Juri_Uluots, lk 27
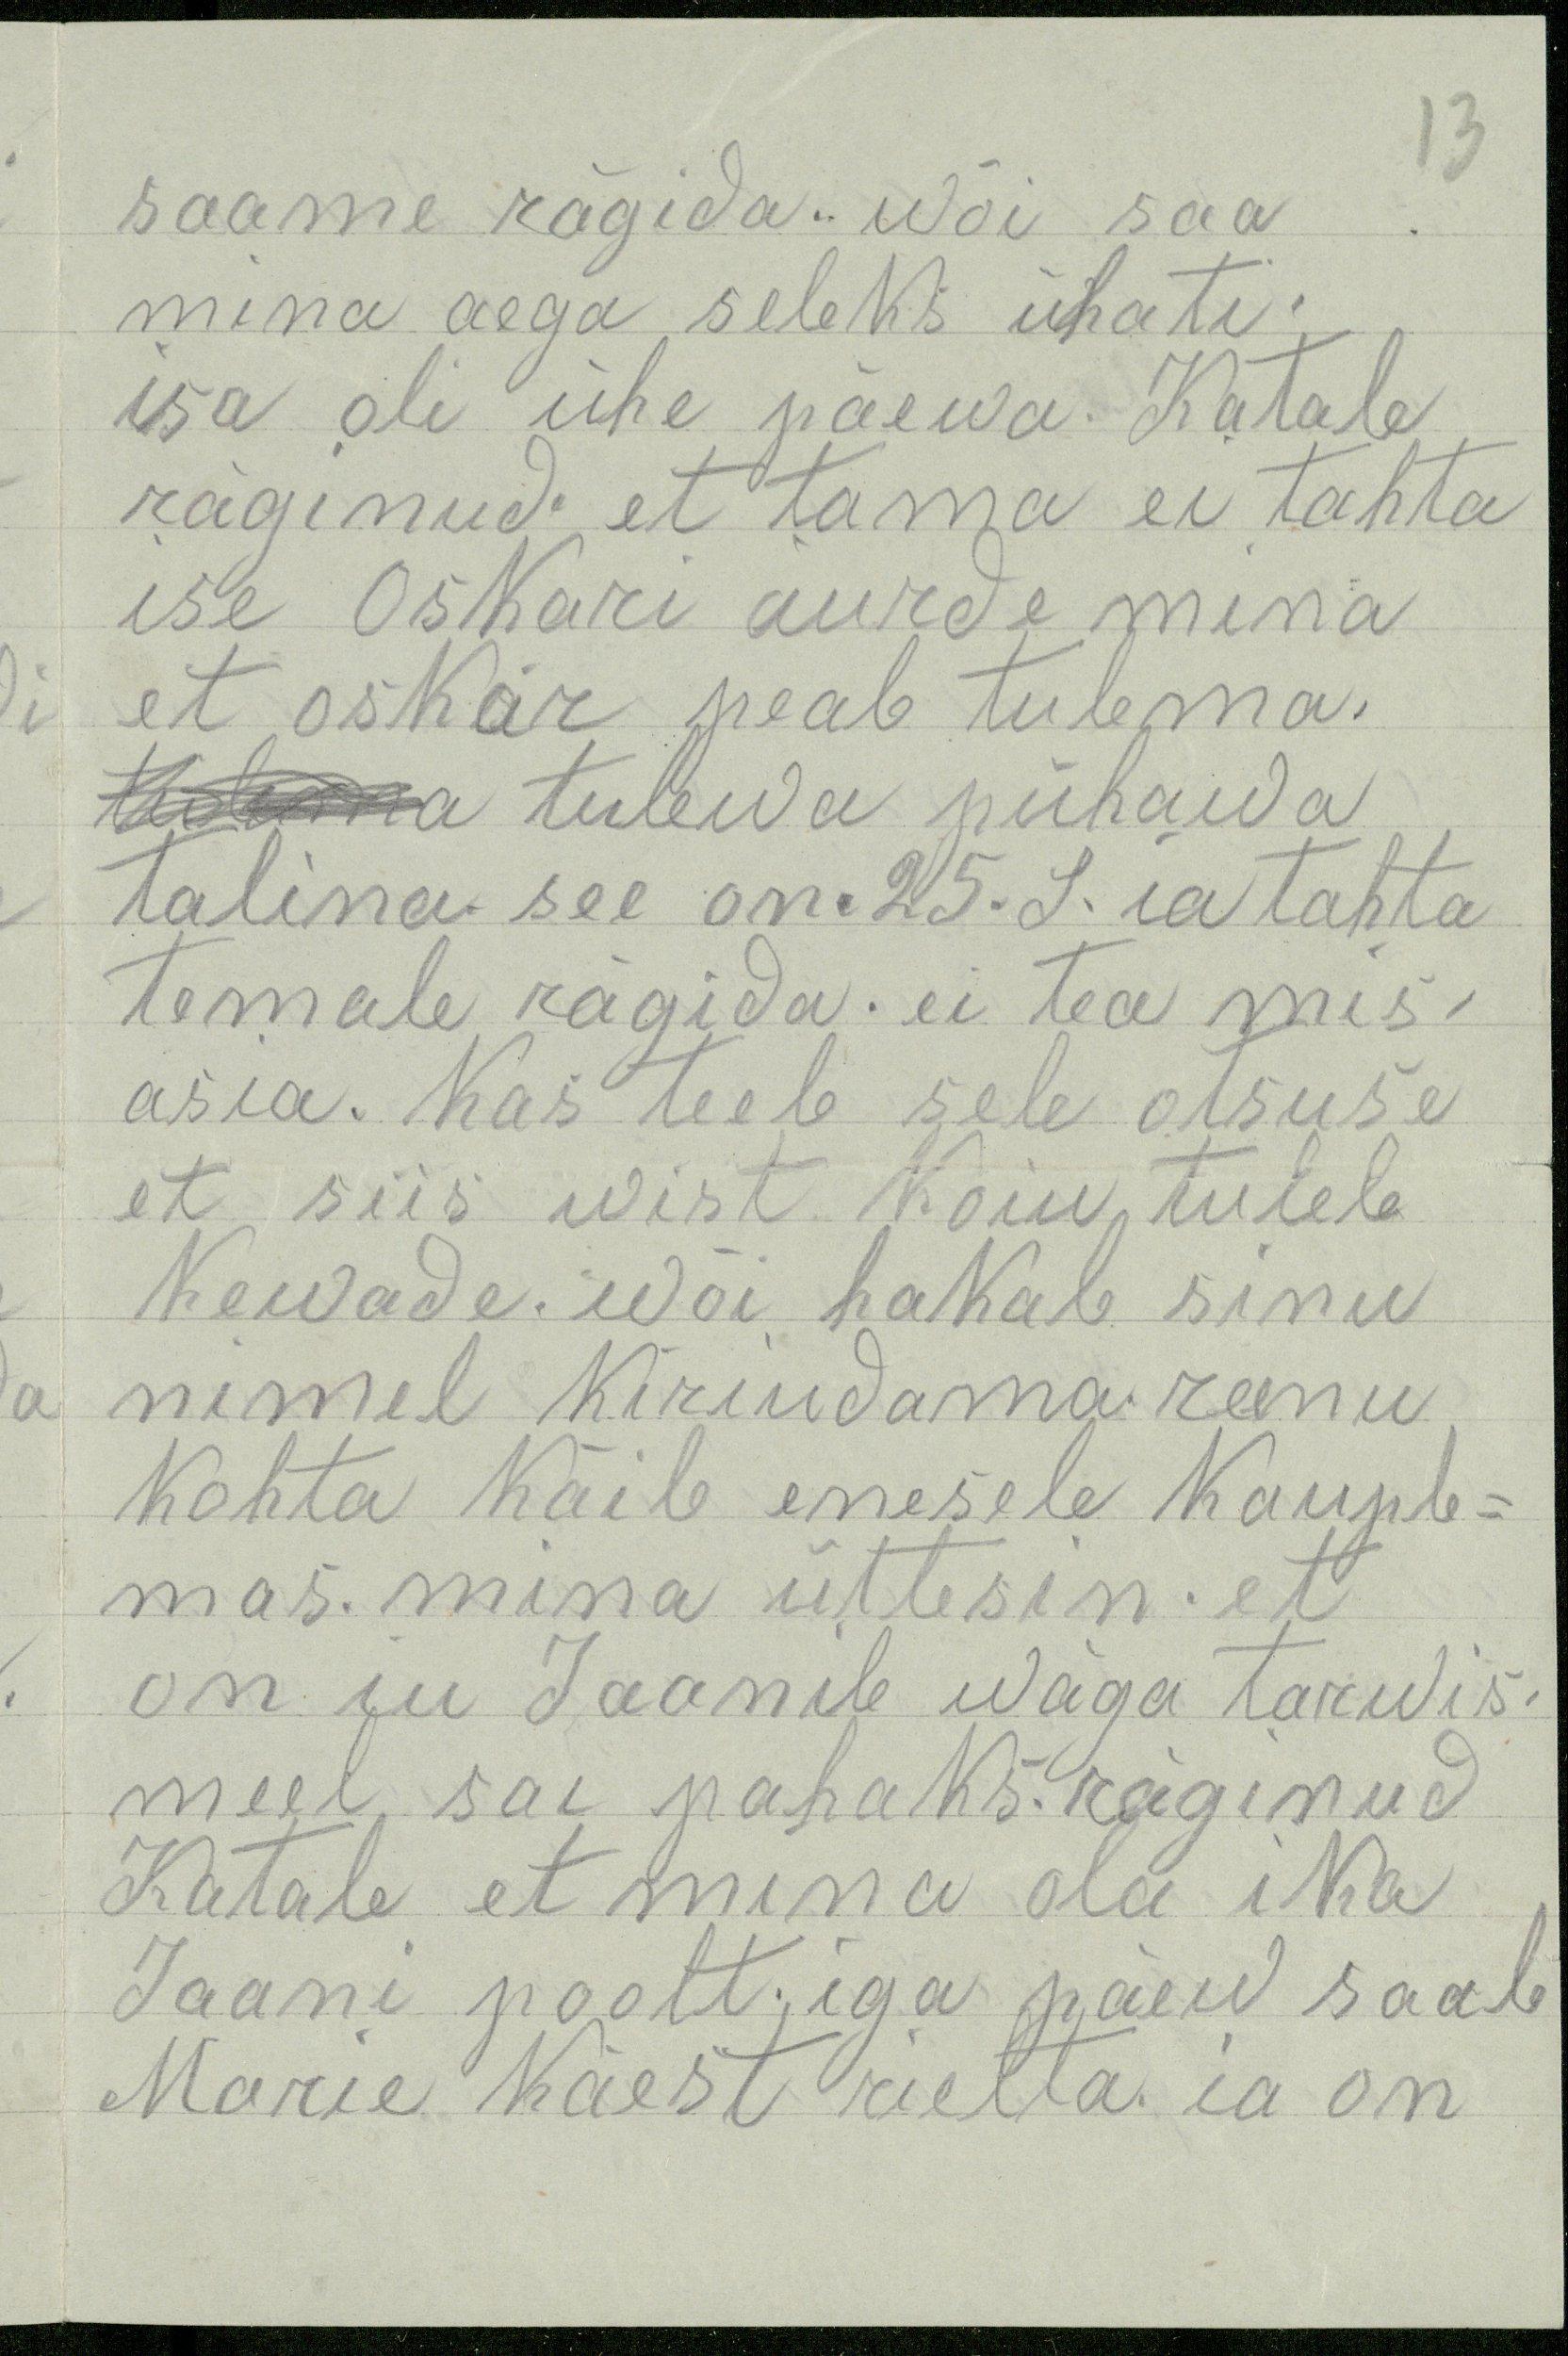
13

saame rägida. wõi saa
mina aega seleks ühati.
isa oli ühe päewa Katale
räginud. et tama ei tahta
ise Oskari iurde mina
et oskar peab tulema.
tulema tulewa pühawa
talina see on 25. S. ja tahta
temale rägida. ei tea mis-
asia. Kas teeb sele otsuse
et siis wist koiu tuleb
kewade. wõi hakab sinu
nimel kiriudama reenu
kohta käib enesele kauple-
mas. mina ütlesin. et
on iu Jaanile wäga tarwis
meel sai pahaks. räginud
Katale et mina ola ika
Jaani poolt. iga päew saab
Marie käest rielta ia on